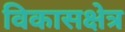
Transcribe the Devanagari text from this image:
विकासक्षेत्र